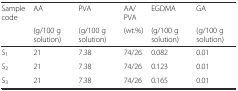
<table><thead><tr><td rowspan="2"><b>Sample code</b></td><td><b>AA</b></td><td><b>PVA</b></td><td><b>AA/PVA</b></td><td><b>EGDMA</b></td><td><b>GA</b></td></tr><tr><td><b>(g/100 g solution)</b></td><td><b>(g/100 g solution)</b></td><td><b>(wt.%)</b></td><td><b>(g/100 g solution)</b></td><td><b>(g/100 g solution)</b></td></tr></thead><tbody><tr><td>S<sub>1</sub></td><td>21</td><td>7.38</td><td>74/26</td><td>0.082</td><td>0.01</td></tr><tr><td>S<sub>2</sub></td><td>21</td><td>7.38</td><td>74/26</td><td>0.123</td><td>0.01</td></tr><tr><td>S<sub>3</sub></td><td>21</td><td>7.38</td><td>74/26</td><td>0.165</td><td>0.01</td></tr></tbody></table>